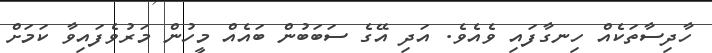
ހާދިސާތަކެއް ހިނގާފައި ވެއެވެ. އަދި އޭގެ ސަބަބުން ބައެއް މީހުން މަރުވެފައިވާ ކަމަށް